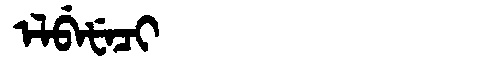
Manchu: ᡝᠯᠪᡝᡶᡝᠴᡳ
Romanization: ELBEFECI